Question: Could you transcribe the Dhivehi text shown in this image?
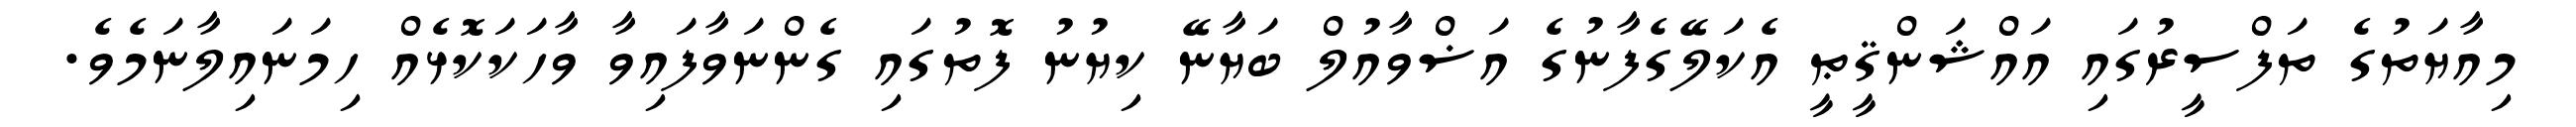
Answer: މިއާޔަތުގެ ތަފްސީރުގައި އައްޝަންޤީޠީ އެކަލޭގެފާނުގެ އަޟްވާއުލް ބަޔާނޭ ކިޔުނު ފޮތުގައި ގެންނަވާފައިވާ ވާހަކަކޮޅެއް ހިމަނައިލާނަމެވެ.